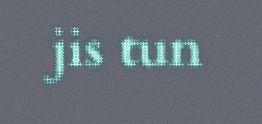
jis tun